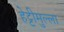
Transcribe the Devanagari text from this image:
हेट्टीमुल्ला